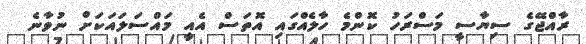
ރާއްޖޭގެ ސިޔާސީ މަސްރަހު ކޮންމެ ހާލެއްގައި އޮތަސް އެއީ މައްސަލައަކަށް ނުވާނެ